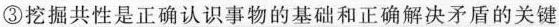
③挖掘共性是正确认识事物的基础和正确解决矛盾的关键